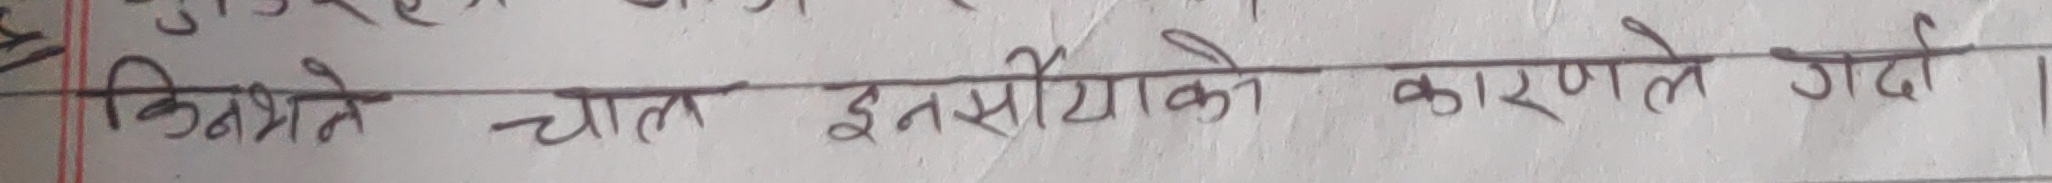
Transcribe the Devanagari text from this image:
किताबने चाल इन्सीयोंको कारणले गर्दा ।